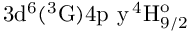
\mathrm { 3 d ^ { 6 } ( ^ { 3 } G ) 4 p \ y \, ^ { 4 } H _ { 9 / 2 } ^ { o } }